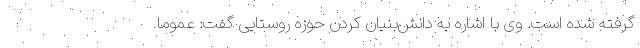
گرفته شده است. وی با اشاره به دانش‌بنیان کردن حوزه روستایی گفت: عموما